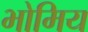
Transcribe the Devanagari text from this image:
भोमिय